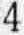
4